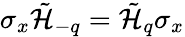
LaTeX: \sigma_{x}\tilde{\mathcal{H}}_{-q}=\tilde{\mathcal{H}}_{q}\sigma_{x}